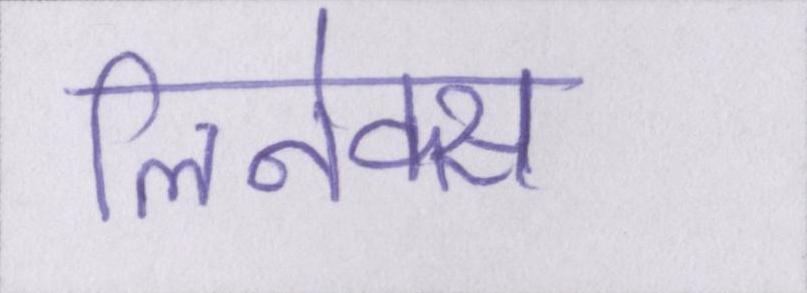
लिनेक्स